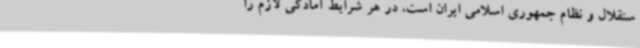
ستقلال و نظام جمهوری اسلامی ایران است، در هر شرایط آمادگی لازم را